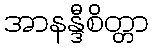
အာနန္ဒီစိတ္တာ